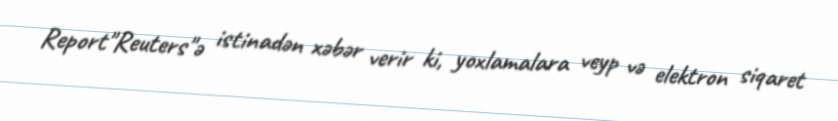
Report"Reuters"ə istinadən xəbər verir ki, yoxlamalara veyp və elektron siqaret